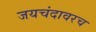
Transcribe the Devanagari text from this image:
जयचंदावरच